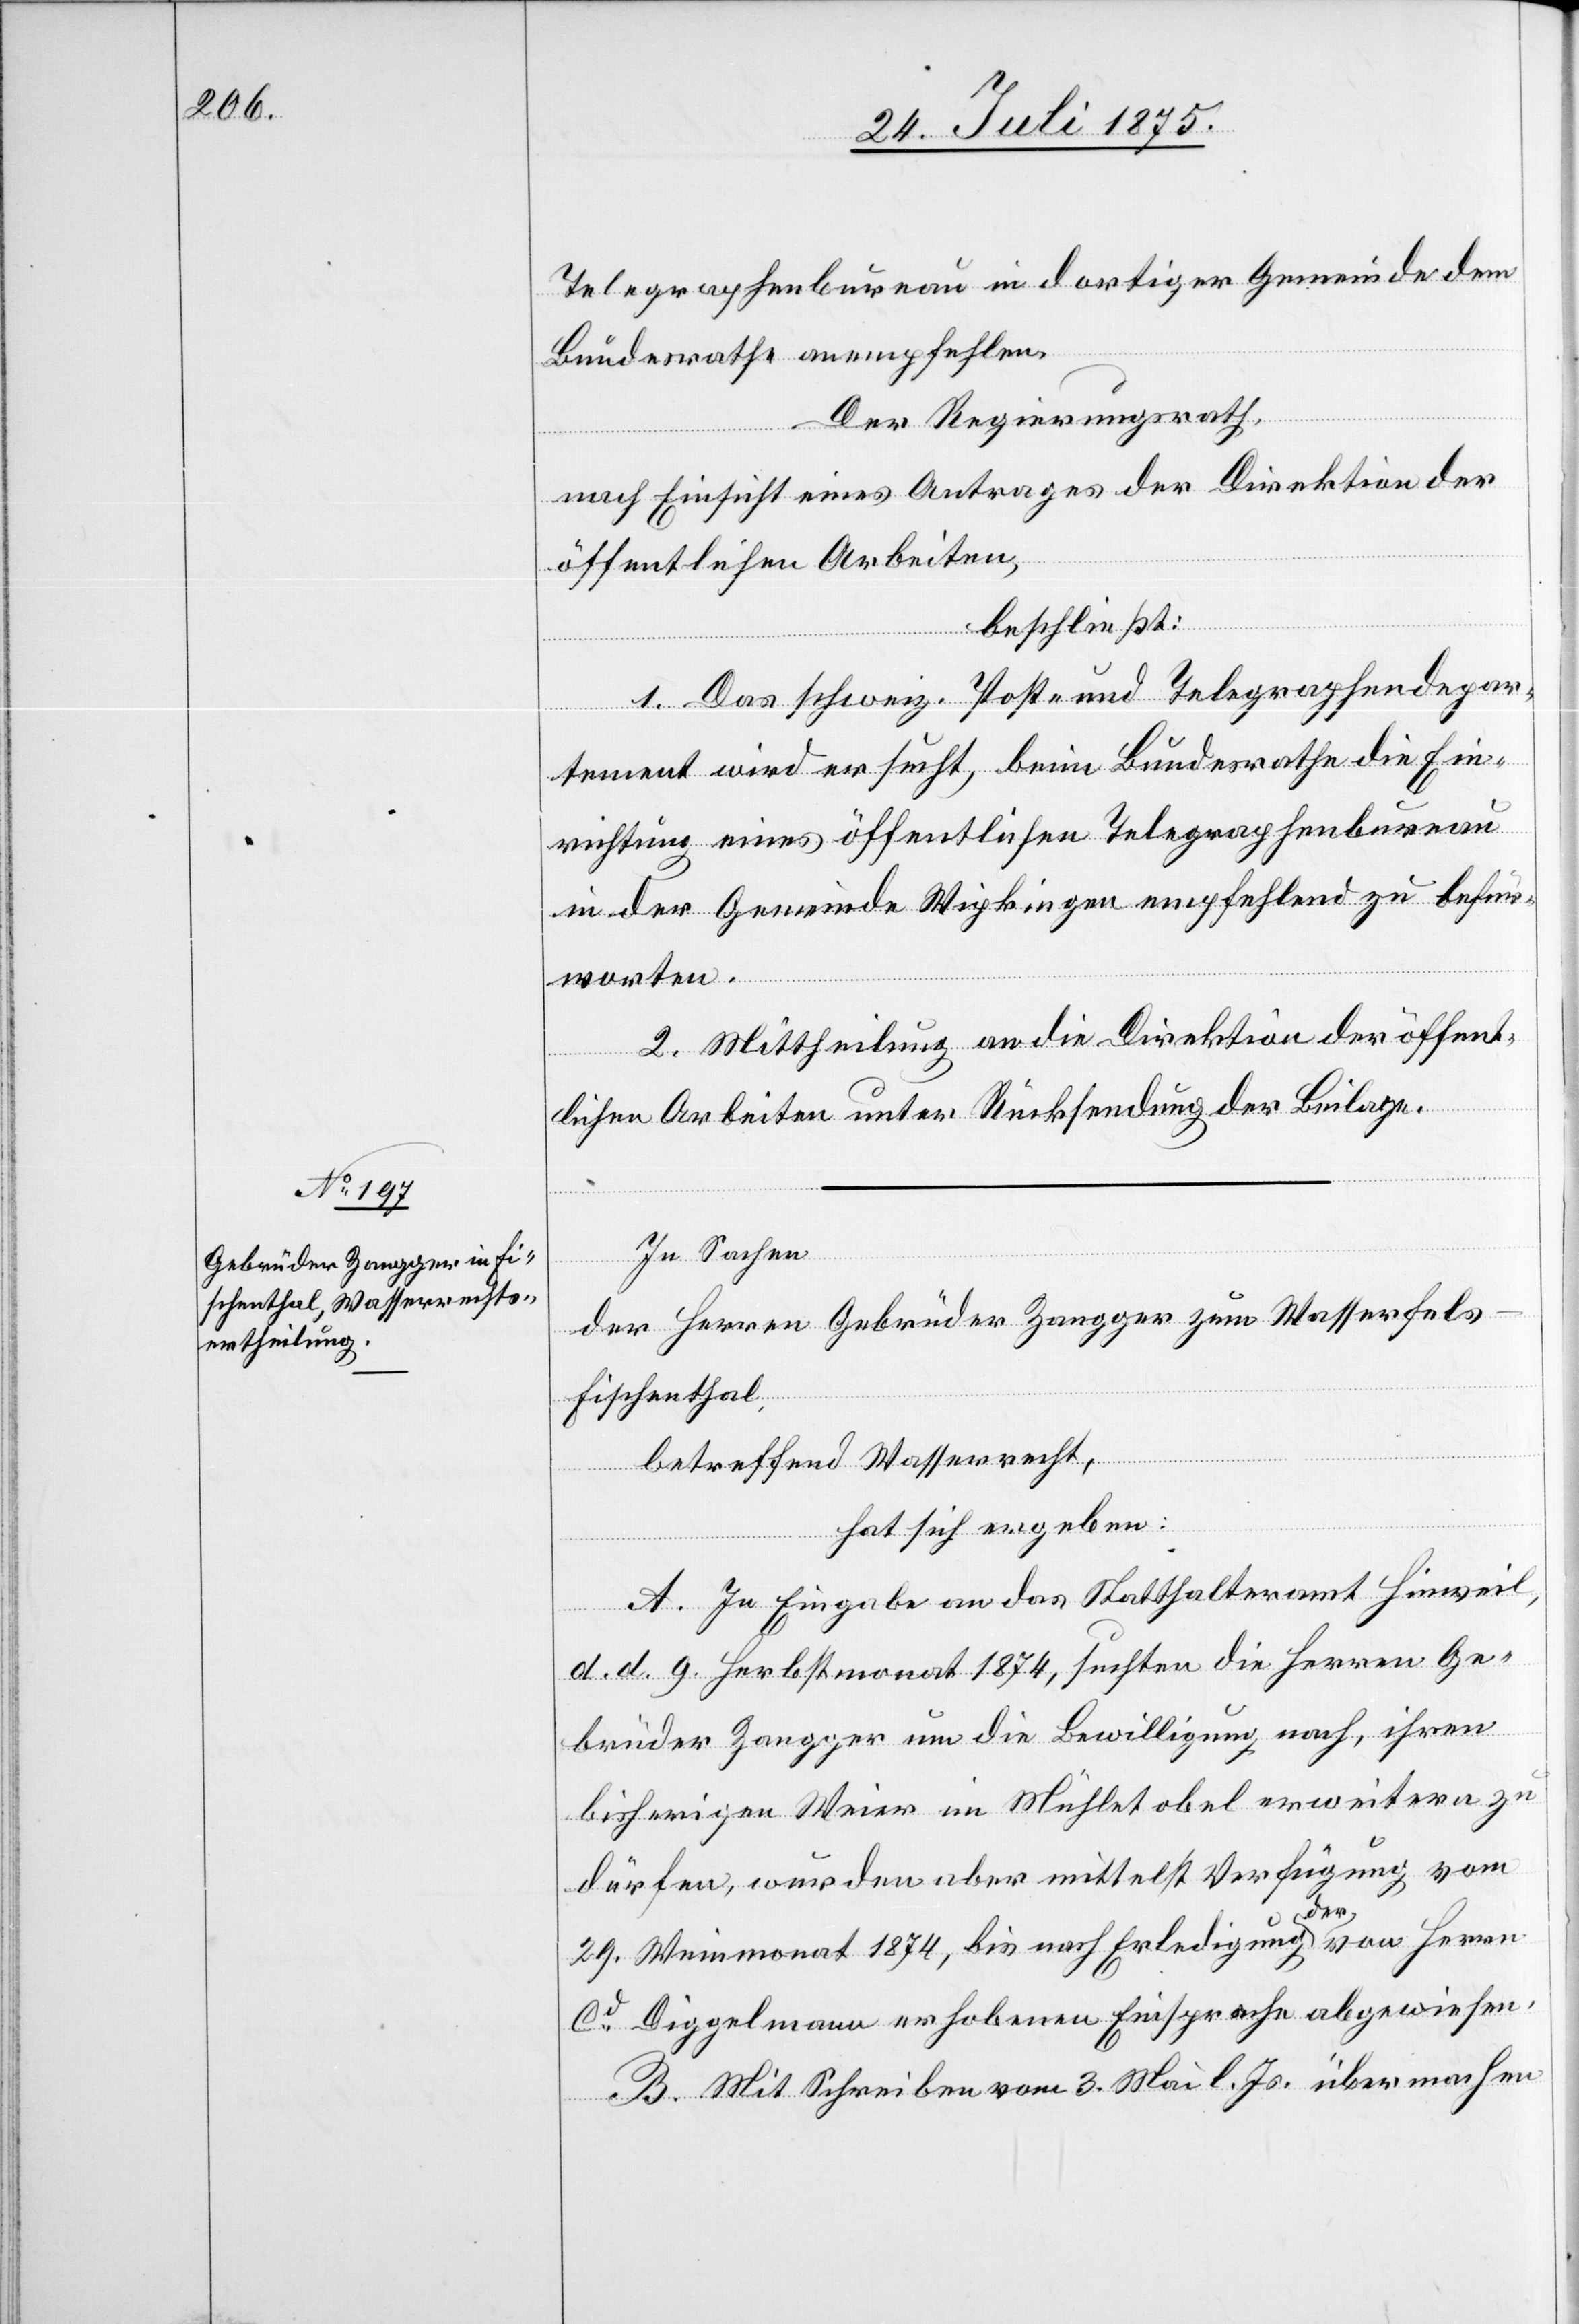
Telegraphenbureau in dortiger Gemeinde dem
Bundesrathe anempfehlen.
Der Regierungsrath,
nach Einsicht eines Antrages der Direktion der
öffentlichen Arbeiten,
beschließt:
1. Das schweiz. Post- und Telegraphendepar¬
tement wird ersucht, beim Bundesrathe die Ein¬
richtung eines öffentlichen Telegraphenbureau
in der Gemeinde Wipkingen empfehlend zu befür¬
worten.
2. Mittheilung an die Direktion der öffent¬
lichen Arbeiten unter Rücksendung der Beilage.
In Sachen
der Herren Gebrüder Zangger zum Wasserfels
Fischenthal,
betreffend Wasserrecht,
hat sich ergeben:
A. In Eingabe an das Statthalteramt Hinweil,
d. d. 9. Herbstmonat 1874, suchten die Herren Ge¬
brüder Zangger um die Bewilligung nach, ihren
bisherigen Weier in Mühletobel erweitern zu
dürfen, wurden aber mittelst Verfügung vom
der
von Herrn
29. Weinmonat 1874, bis nach Erledigung
Cd Diggelmann erhobenen Einsprache abgewiesen.
B. Mit Schreiben vom 3. Mai l. Js. übermachen